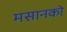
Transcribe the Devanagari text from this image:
मसानको